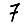
Digit: 7